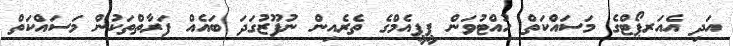
އަދި އެއަރޕޯޓްގެ މަސައްކަތް ހުއްޓުވަން ޕީޕީއެމްގެ ތެރެއިން ނުފޫޒުގަދަ ބައެއް ފަރާތްތަކުން މަސައްކަތް